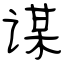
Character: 谋